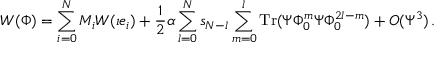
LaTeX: W ( \Phi ) = \sum _ { i = 0 } ^ { N } M _ { i } W ( \imath e _ { i } ) + \frac { 1 } { 2 } \alpha \sum _ { l = 0 } ^ { N } s _ { N - l } \sum _ { m = 0 } ^ { l } \mathrm { T r } ( \Psi \Phi _ { 0 } ^ { m } \Psi \Phi _ { 0 } ^ { 2 l - m } ) + { \cal O } ( \Psi ^ { 3 } ) \, .